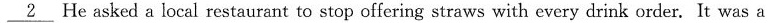
\underline{2} He asked a local restaurant to stop offering straws with every drink order. It was a